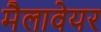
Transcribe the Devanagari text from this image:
मैलावेयर